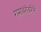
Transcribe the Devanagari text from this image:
रामाबरोबरीने